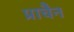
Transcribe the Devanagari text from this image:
प्राचैन